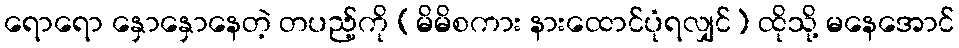
ရောရော နှောနှောနေတဲ့ တပည့်ကို (မိမိစကား နားထောင်ပုံရလျှင်) ထိုသို့ မနေအောင်